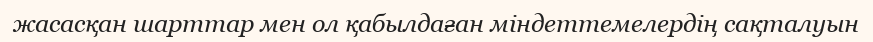
жасасқан шарттар мен ол қабылдаған міндеттемелердің сақталуын